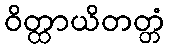
ဝိတ္ထာယိတတ္တံ